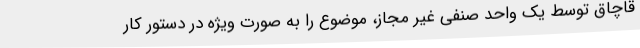
قاچاق توسط یک واحد صنفی غیر مجاز، موضوع را به صورت ویژه در دستور کار